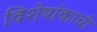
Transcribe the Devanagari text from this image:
विशेषांकाची